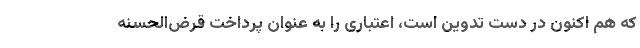
که هم اکنون در دست تدوین است، اعتباری را به عنوان پرداخت قرض‌الحسنه